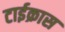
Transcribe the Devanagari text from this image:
टाईक्रास